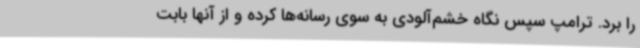
را برد. ترامپ سپس نگاه خشم‌آلودی به سوی رسانه‌ها کرده و از آنها بابت